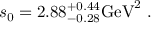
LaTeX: s _ { 0 } = 2 . 8 8 _ { - 0 . 2 8 } ^ { + 0 . 4 4 } \mathrm { G e V } ^ { 2 } \; .